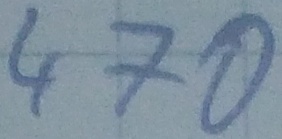
Text: 470